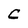
Character: C